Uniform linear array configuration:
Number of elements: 64
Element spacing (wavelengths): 0.75
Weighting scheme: hamming
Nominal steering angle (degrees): -15
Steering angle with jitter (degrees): -14.268
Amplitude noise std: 0.05
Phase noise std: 0.05

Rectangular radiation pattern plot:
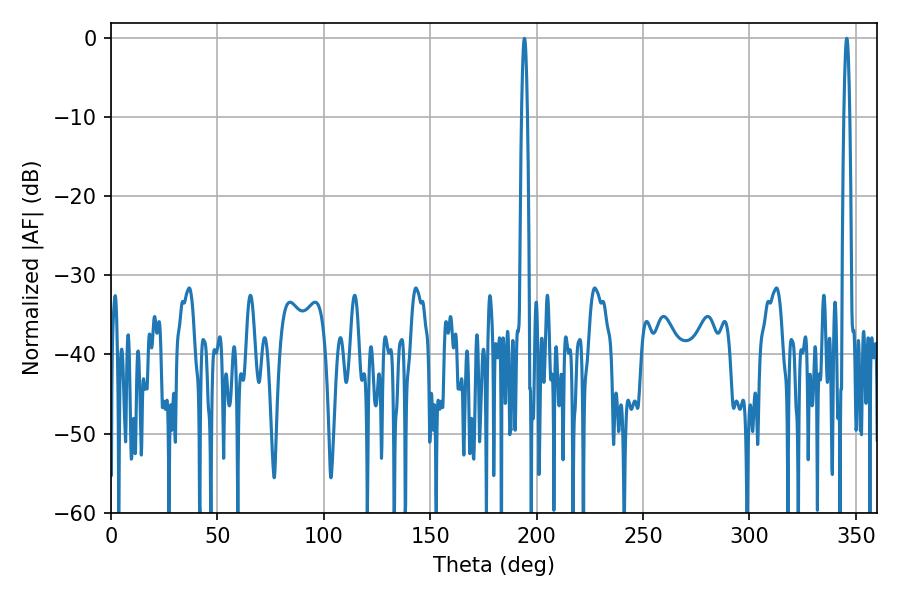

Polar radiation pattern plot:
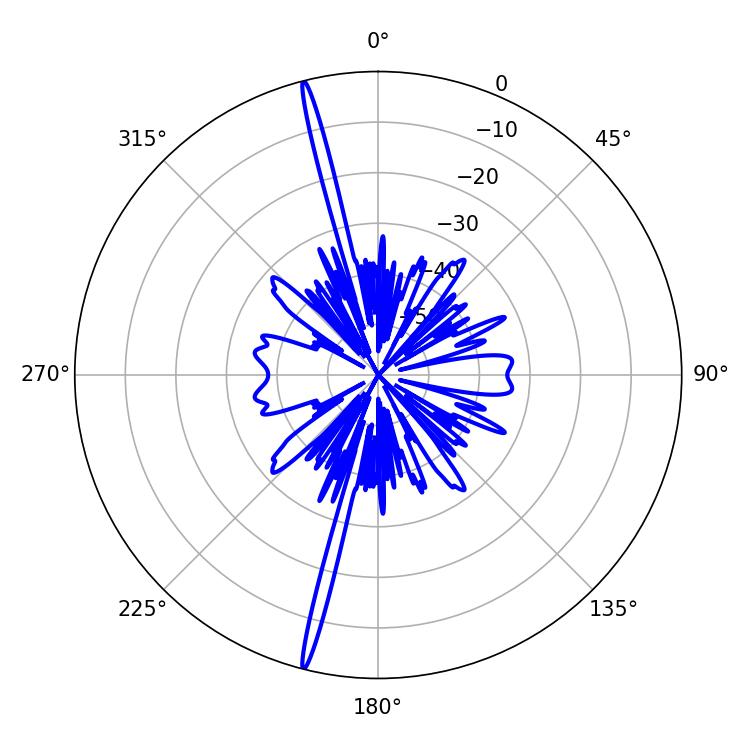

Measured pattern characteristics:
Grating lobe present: TRUE
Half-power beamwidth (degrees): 1.44
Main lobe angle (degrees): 194.22